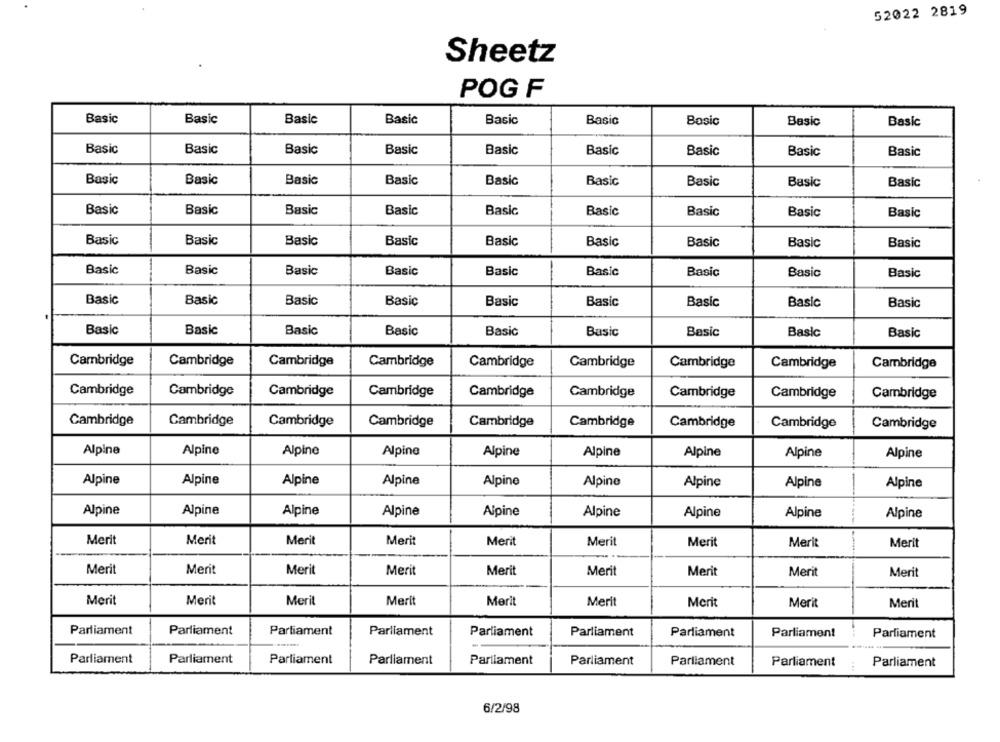
52022 2819
Sheetz
POG F
Basic
Basic
Basic
Basic
Basic
Basic
Basic
Basic
Basic
Basic
Basic
Basic
Basic
Basic
Basic
Basic
Basic
Basic
Basic
Basic
Basic
Basic
Basic
Basic
Basic
Basic
Basic
Basic
Basic
Basic
Basic
Basic
Basic
Basic
Basic
Basic
Basic
Basic
Basic
Basic
Basic
Basic
Basic
Basic
Basic
Basic
Basic
Basic
Basic
Basic
Basic
Basic
Basic
Basic
Basic
Basic
Basic
Basic
Basic
Basic
Basic
Basic
Basic
Basic
Basic
Basic
Basic
Basic
Basic
Basic
Basic
Basic
Cambridge
Cambridge
Cambridge
Cambridge
Cambridge
Cambridge
Cambridge
Cambridge
Cambridge
Cambridge
Cambridge
Cambridge
Cambridge
Cambridge
Cambridge
Cambridge
Cambridge
Cambridge
Cambridge
Cambridge
Cambridge
Cambridge
Cambridge
Cambridge
Cambridge
Cambridge
Cambridge
Alpine
Alpine
Alpine
Alpine
Alpine
Alpine
Alpine
Alpine
Alpine
Alpine
Alpine
Alpine
Alpine
Alpine
Alpine
Alpine
Alpine
Alpine
Alpine
Alpine
Alpine
Alpine
Alpine
Alpine
Alpine
Alpine
Alpine
Merit
Merit
Merit
Merit
Merit
Merit
Merit
Merit
Merit
Merit
Merit
Merit
Merit
Merit
Merit
Merit
Merit
Merit
Merit
Merit
Merit
Merit
Merit
Merit
Merit
Merit
Merit
Parliament
Parliament
Parliament
Parliament
Parliament
Parliament
Parliament
Parliament
Parliament
Parliament
Parliament
Parliament
Parliament
Parliament
Parliament
Parliament
Parliament
Parliament
6/2/98